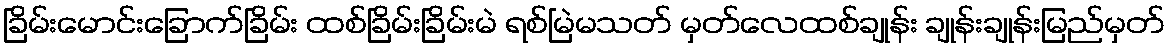
ခြိမ်းမောင်းခြောက်ခြိမ်း ထစ်ခြိမ်းခြိမ်းမဲ ရစ်မြဲမသတ် မှတ်လေထစ်ချုန်း ချုန်းချုန်းမြည်မှတ်